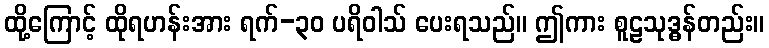
ထို့ကြောင့် ထိုရဟန်းအား ရက်-၃၀ ပရိဝါသ် ပေးရသည်။ ဤကား စူဠသုဒ္ဓန်တည်း။